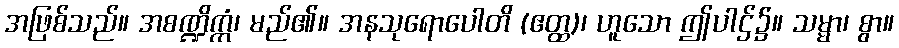
အဖြစ်သည်။ အစဏ္ဍိက္ကံ၊ မည်၏။ အနသုရောပေါတိ (ဧတ္ထ)၊ ဟူသော ဤပါဌ်၌။ သမ္မာ၊ စွာ။